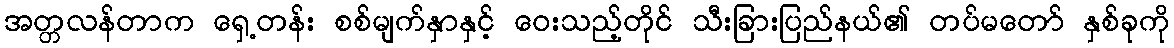
အတ္တလန်တာက ရှေ့တန်း စစ်မျက်နှာနှင့် ဝေးသည့်တိုင် သီးခြားပြည်နယ်၏ တပ်မတော် နှစ်ခုကို